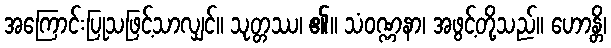
အကြောင်းပြုသဖြင့်သာလျှင်။ သုတ္တဿ၊ ၏။ သံဝဏ္ဏနာ၊ အဖွင့်တို့သည်။ ဟောန္တိ၊